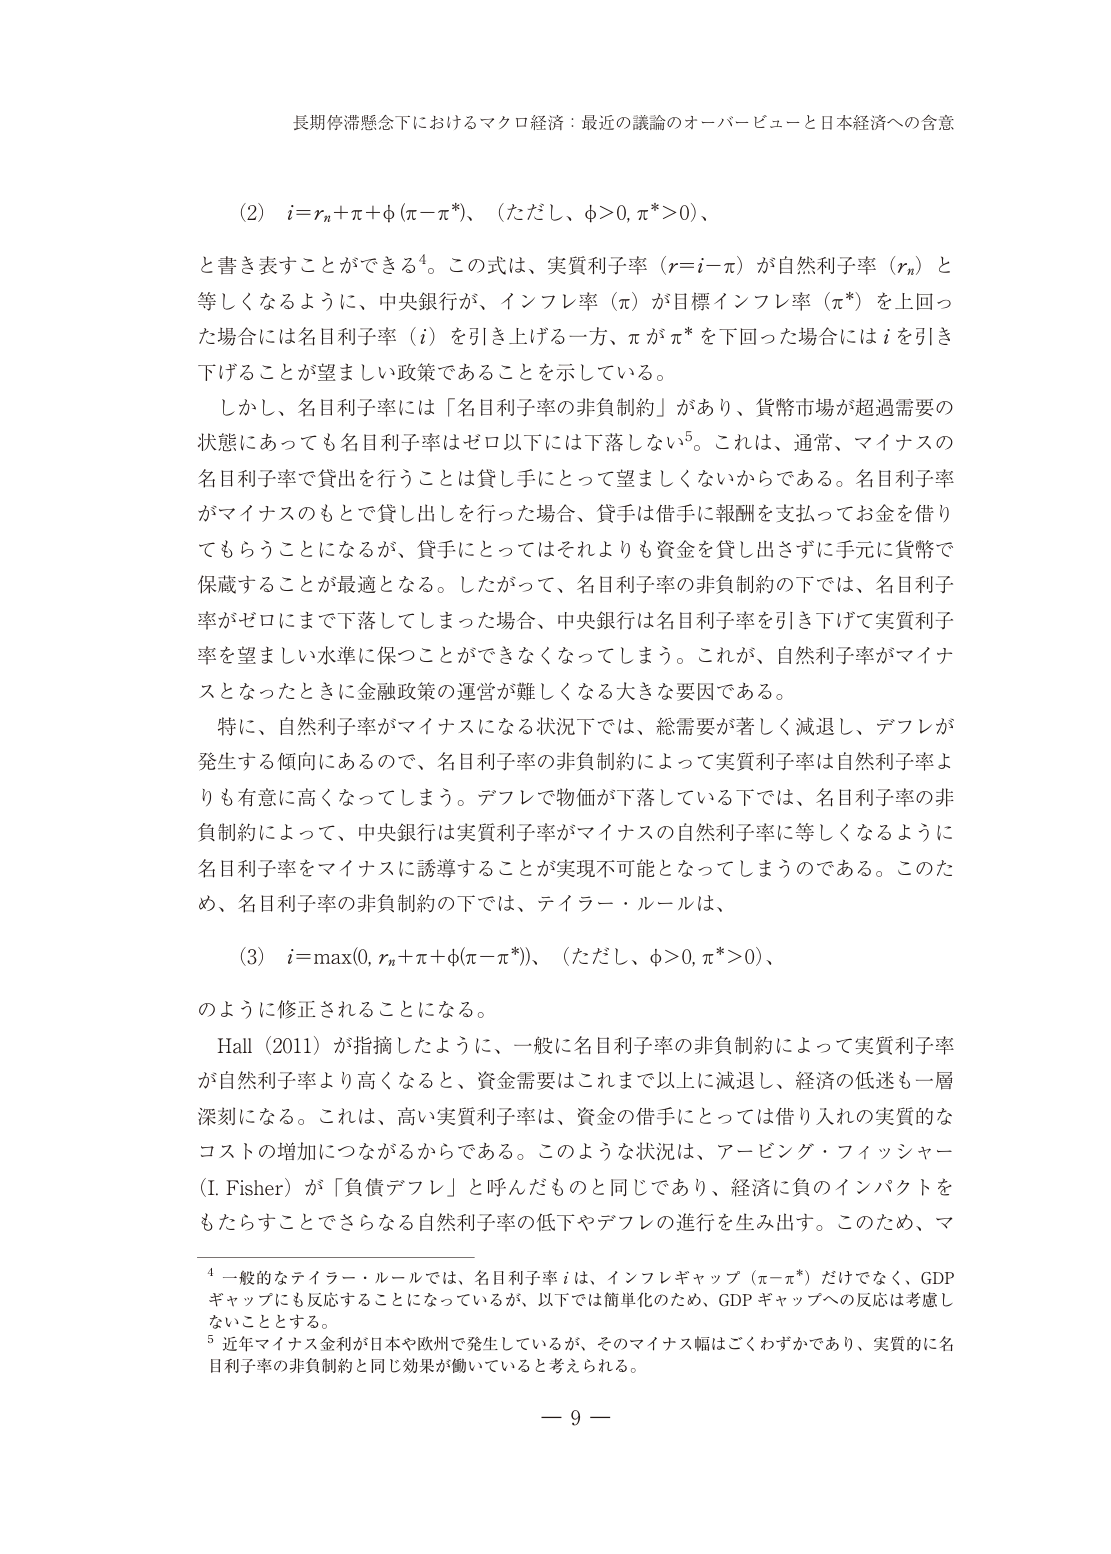
長期停滞懸念下におけるマクロ経済：最近の議論のオーバービューと日本経済への含意

(2)　i = r_n + π + φ(π - π*)、（ただし、φ > 0, π* > 0）、
と書き表すことができる⁴。この式は、実質利子率（r = i - π）が自然利子率（r_n）と等しくなるように、中央銀行が、インフレ率（π）が目標インフレ率（π*）を上回った場合には名目利子率（i）を引き上げる一方、πがπ*を下回った場合にはiを引き下げることが望ましい政策であることを示している。

しかし、名目利子率には「名目利子率の非負制約」があり、貨幣市場が超過需要の状態にあっても名目利子率はゼロ以下には下落しない⁵。これは、通常、マイナスの名目利子率で貸出を行うことは貸し手にとって望ましくないからである。名目利子率がマイナスのもとで貸し出しを行った場合、貸手は借手に報酬を支払ってお金を借りてもらうことになるが、貸手にとってはそれよりも資金を貸し出さずに手元に貨幣で保管することが最適となる。したがって、名目利子率の非負制約の下では、名目利子率がゼロにまで下落してしまった場合、中央銀行は名目利子率を引き下げて実質利子率を望ましい水準に保つことができなくなってしまう。これが、自然利子率がマイナスとなったときに金融政策の運営が難しくなる大きな要因である。

特に、自然利子率がマイナスになる状況下では、総需要が著しく減退し、デフレが発生する傾向にあるので、名目利子率の非負制約によって実質利子率は自然利子率よりも有意に高くなってしまう。デフレで物価が下落している下では、名目利子率の非負制約によって、中央銀行は実質利子率がマイナスの自然利子率に等しくなるように名目利子率をマイナスに誘導することが実現不可能となってしまうのである。このため、名目利子率の非負制約の下では、テイラー・ルールは、

(3)　i = max(0, r_n + π + φ(π - π*))、（ただし、φ > 0, π* > 0）、
のように修正されることになる。

Hall（2011）が指摘したように、一般に名目利子率の非負制約によって実質利子率が自然利子率より高くなると、資金需要はこれまで以上に減退し、経済の低迷も一層深刻になる。これは、高い実質利子率は、資金の借手にとっては借り入れの実質的なコストの増加につながるからである。このような状況は、アービング・フィッシャー（I. Fisher）が「負債デフレ」と呼んだものと同じであり、経済に負のインパクトをもたらすことでさらなる自然利子率の低下やデフレの進行を生み出す。このため、マ

⁴ 一般的なテイラー・ルールでは、名目利子率iは、インフレギャップ（π - π*）だけでなく、GDPギャップにも反応することになっているが、以下では簡素化のため、GDPギャップへの反応は考慮しないこととする。

⁵ 近年マイナス金利が日本や欧州で発生しているが、そのマイナス幅はごくわずかであり、実質的に名目利子率の非負制約と同じ効果が働いていると考えられる。

— 9 —